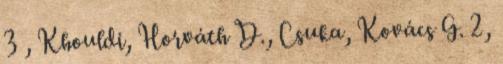
3 , Khouldi, Horváth D., Csuka, Kovács G. 2,